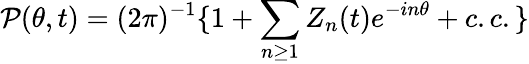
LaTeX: \mathcal P(\theta,t)=(2\pi)^{-1}\{ 1+\sum_{n\geq 1}Z_{n}(t)e^{-in\theta}+c.c.\}